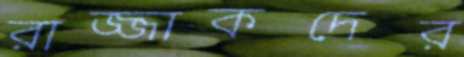
রাজ্জাকদের